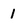
Character: 1